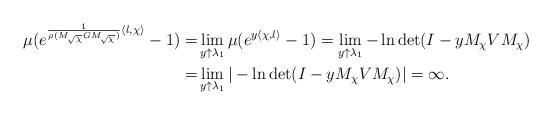
LaTeX: \begin{align*}\mu(e^{\frac{1}{\rho(M_{\sqrt{\chi}}GM_{\sqrt{\chi}})}\langle l,\chi\rangle}-1)=&\lim\limits_{y\uparrow\lambda_1}\mu(e^{y\langle \chi,l\rangle}-1)=\lim\limits_{y\uparrow\lambda_1}-\ln\det(I-yM_{\chi}VM_{\chi})\\=&\lim\limits_{y\uparrow\lambda_1}|-\ln\det(I-yM_{\chi}VM_{\chi})|=\infty.\end{align*}